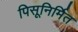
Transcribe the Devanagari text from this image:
पिसूनिर्मित